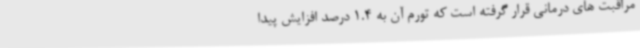
مراقبت های درمانی قرار گرفته است که تورم آن به 1.4 درصد افزایش پیدا